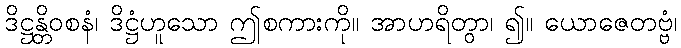
ဒိဋ္ဌန္တိဝစနံ၊ ဒိဋ္ဌံဟူသော ဤစကားကို။ အာဟရိတွာ၊ ၍။ ယောဇေတဗ္ဗံ၊